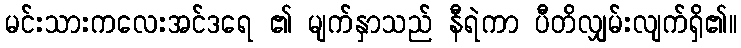
မင်းသားကလေးအင်ဒရေ ၏ မျက်နှာသည် နီရဲကာ ပီတိလျှမ်းလျက်ရှိ၏။